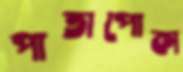
পাতাপোকা